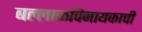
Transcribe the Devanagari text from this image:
बल्लाळविनायकाची